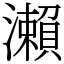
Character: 瀨